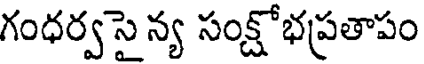
గంధర్వసై న్య సంక్షోభప్రతాపం